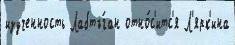
изученность Лабтъ́ган отно́с'итс'я Л'ярк'ина